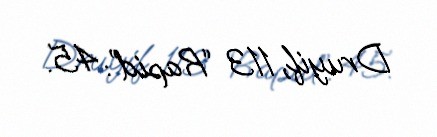
Druyif, 113 “Rapid”: 45.